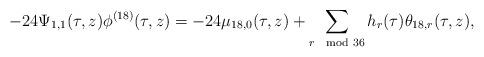
LaTeX: \begin{align*}-24\Psi_{1,1}(\tau,z)\phi^{(18)}(\tau,z)=-24\mu_{18,0}(\tau,z)+\sum_{r\mod 36}h_{r}(\tau)\theta_{18,r}(\tau,z),\end{align*}